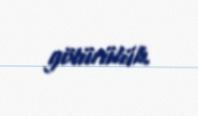
götürülüb.